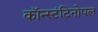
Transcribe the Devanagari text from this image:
कॉन्स्टंटिनोपल